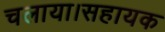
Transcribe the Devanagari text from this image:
चलाया।सहायक